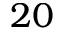
2 0